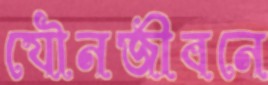
যৌনজীবনে